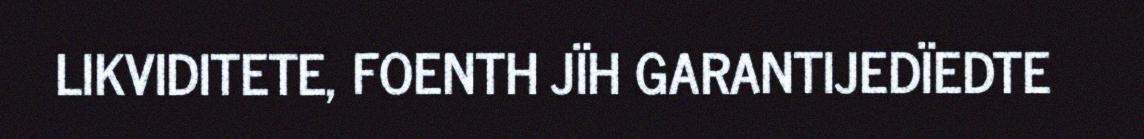
LIKVIDITETE, FOENTH JÏH GARANTIJEDÏEDTE